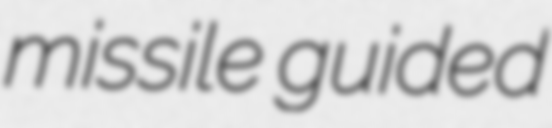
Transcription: missile guided